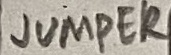
Text: JUMPER